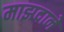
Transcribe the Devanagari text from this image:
माझदाने